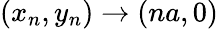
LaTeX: (x_{n},y_{n})\rightarrow(na,0)